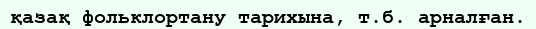
қазақ фольклортану тарихына, т.б. арналған.